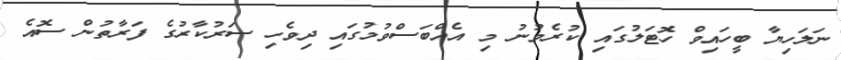
ނަލަހިޔާ ބީހައިވް ހޮޓަލުގައި ކުރެވުނު މި އެއްބަސްވުމުގައި ދިވެހި ސަރުކާރުގެ ފަރާތުން ސޮއެ